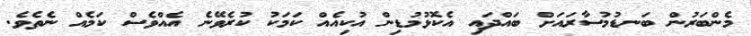
މެންބަރުން ބަނޑުމުސާރައަށް ބައްދައި އެކޮޅުމުޑިން އުކިއެއް ކަމަކު ކުރެވޭނެ އެއްވެސް ކަމެއް ނެތެވެ.